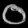
Digit: ၀